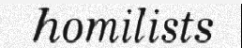
homilists